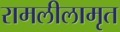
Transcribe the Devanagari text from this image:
रामलीलामृत